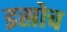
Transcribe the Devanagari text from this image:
इस्रोच